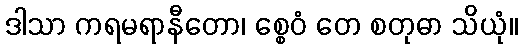
ဒါသာ ကရမရာနီတော၊ စ္စေဝံ တေ စတုဓာ သိယုံ။